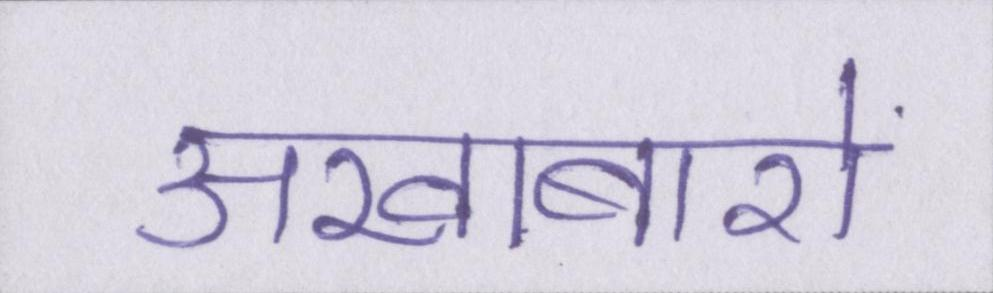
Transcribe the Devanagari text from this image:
अखाबारो